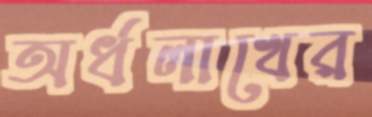
অর্ধলাখের